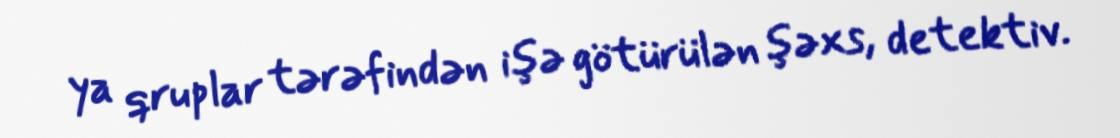
ya qruplar tərəfindən işə götürülən şəxs, detektiv.